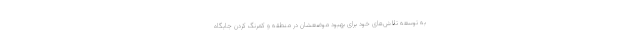
به توسعه تلاش‌های خود برای بهبود موضعشان در منطقه و کمرنگ کردن جایگاه